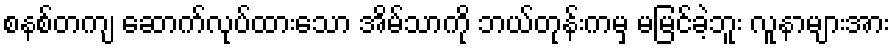
စနစ်တကျ ဆောက်လုပ်ထားသော အိမ်သာကို ဘယ်တုန်းကမှ မမြင်ခဲ့ဘူး လူနာများအား